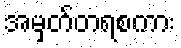
အမှတ်တရစကား